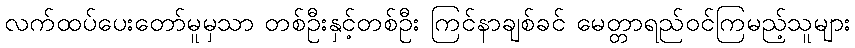
လက်ထပ်ပေးတော်မူမှသာ တစ်ဦးနှင့်တစ်ဦး ကြင်နာချစ်ခင် မေတ္တာရည်ဝင်ကြမည့်သူများ